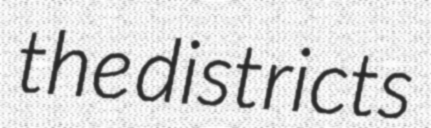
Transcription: the districts